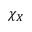
\chi _ { X }